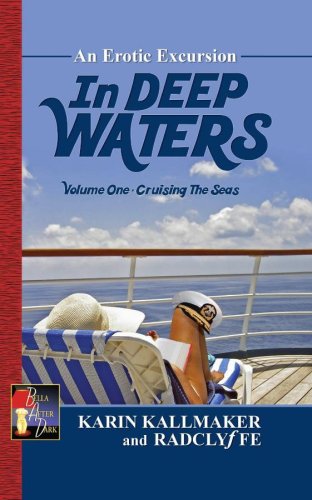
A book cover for In Deep Waters: Cruising the Seas; Karin Kallmaker; Romance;